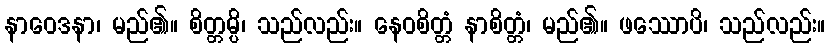
နာဝေဒနာ၊ မည်၏။ စိတ္တမ္ပိ၊ သည်လည်း။ နေဝစိတ္တံ နာစိတ္တံ၊ မည်၏။ ဖဿောပိ၊ သည်လည်း။